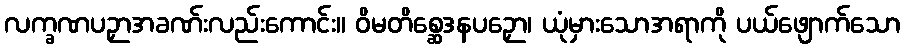
လက္ခဏပဉှာအခဏ်းလည်းကောင်း။ ဝိမတိစ္ဆေဒနပဉှော၊ ယုံမှားသောအရာကို ပယ်ဖျောက်သော